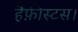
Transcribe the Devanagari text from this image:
हैफ़ीस्टस।